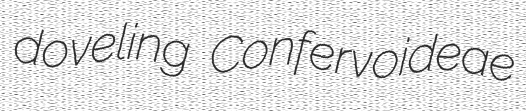
doveling Confervoideae